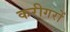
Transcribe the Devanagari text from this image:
करीगरों